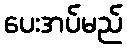
ပေးအပ်မည်